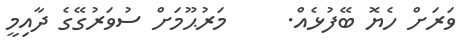
ވަރަށް ހެޔޮ ބޭފުޅެއް.     މަރުޙޫމަށް ސުވަރުގޭގެ ދާއިމީ